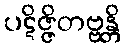
ပဋိဇ္ဇိတဗ္ဗန္တိ